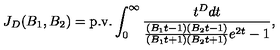
J _ { D } ( B _ { 1 } , B _ { 2 } ) = \mathrm { p . v . } \int _ { 0 } ^ { \infty } \frac { t ^ { D } d t } { \frac { ( B _ { 1 } t - 1 ) ( B _ { 2 } t - 1 ) } { ( B _ { 1 } t + 1 ) ( B _ { 2 } t + 1 ) } e ^ { 2 t } - 1 } ,